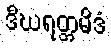
ဒီဃရတ္တမိဒံ